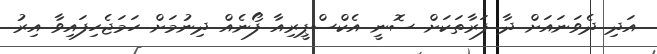
އަދި ދެވަނައަށް ދާ ފަރާތަކަށް ސޮނީ އެކްސްޕީރިއާ ފޯނެއް ދިނުމަށް ހަމަޖެހިފައިވާ އިރު